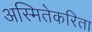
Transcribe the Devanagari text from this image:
अस्मितेकरिता